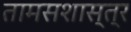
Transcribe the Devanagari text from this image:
तामसशास्त्र